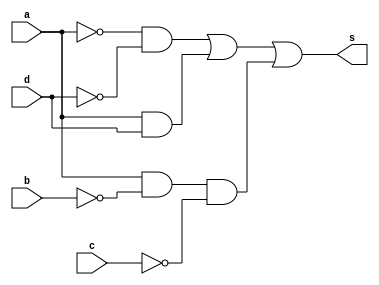
//---------------------------
//Nome: Alvaro Henrique
//Matrcula: 395487
//---------------------------

//--------------------------
// -- Guia08 Exercicio 02 --
//--------------------------


module ex2(s, a, b, c, d);
	output s;
	input a, b, c, d;
	wire n1, n2, n3, n4, c1, c2, c3;
	not NOT1(n1, a);
	not NOT2(n2, b);
	not NOT3(n3, c);
	not NOT4(n4, d);
	and AND1(c1, n1, n4);
	and AND2(c2, a, d);
	and AND3(c3, a, n2, n3);
	or OR1(s, c1, c2, c3);
endmodule // fim ex2

module testeex2();
	reg a, b, c, d;
	wire s;
	integer numero, i, j, k, l;

	ex2 EX2(s, a, b, c, d);

	initial begin
		a = 0;
		b = 0;
		c = 0;
		d = 0;
		numero = -1;
	end

	initial begin
		$display("Guia 8 Ex1 - Alvaro Henrique - 395487 \n");
		#1 $display("   a b c d  Out");

		for(i = 0; i < 2; i = i + 1)begin
			a = i;
			for(j = 0; j < 2; j = j + 1)begin
				b = j;
				for(k = 0; k < 2; k = k + 1)begin
					c = k;
					for(l = 0; l < 2; l = l + 1)begin
						#1 d = l; numero = numero + 1;
						#1 $display("%2d %b %b %b %b  %b", numero, a, b, c, d, s);
					end
				end
			end
		end
	end
	
endmodule //fim testeex2